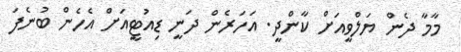
މާމާ ދެން ޔަލްވީއަށް ކާންދީ. އަހަރެން ދަނީ ޑިއުޓީއަށް އެހެން ބުނެފަ